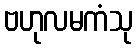
ဗဟုလမကံသု